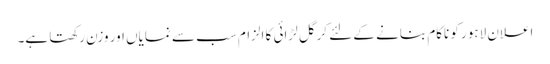
اعلان لاہور کو ناکام بنانے کے لئے کرگل لڑائی کا الزام سب سے نمایاں اور وزن رکھتا ہے۔